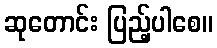
ဆုတောင်း ပြည့်ပါစေ။